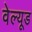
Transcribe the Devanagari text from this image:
वेल्यूड